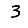
Digit: 3